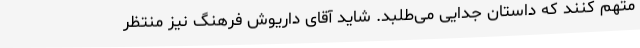
متهم کنند که داستان جدایی می‌طلبد. شاید آقای داریوش فرهنگ نیز منتظر